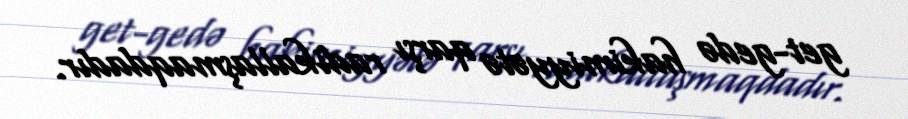
get-gedə hakimiyyətə qarşı radikallaşmaqdadır.